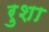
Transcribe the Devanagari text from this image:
रुशा